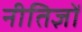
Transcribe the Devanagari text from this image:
नीतिज्ञों